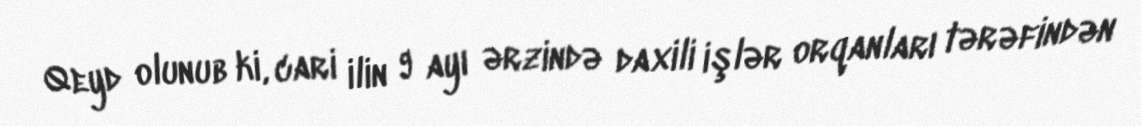
Qeyd olunub ki, cari ilin 9 ayı ərzində daxili işlər orqanları tərəfindən